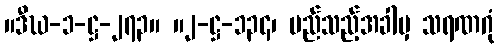
။ဒီဃ-၁-ဋ္ဌ-၂၇၃။ ။၂-ဋ္ဌ-၁၃၄၊ မည်သည့်အခါမှ သရဏဂုံ